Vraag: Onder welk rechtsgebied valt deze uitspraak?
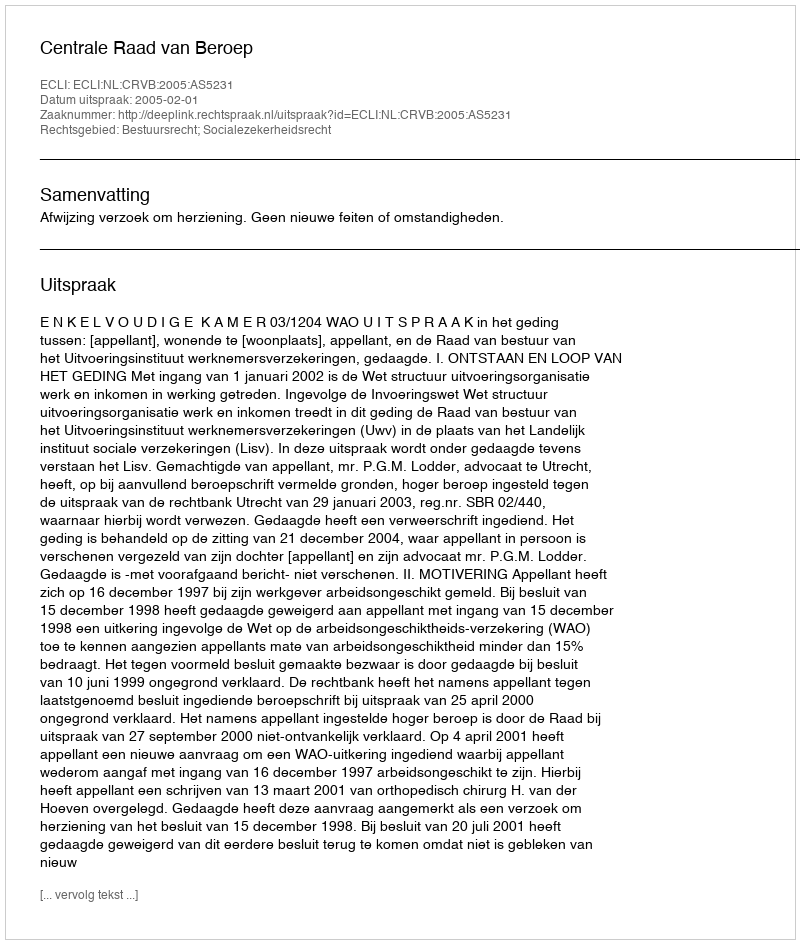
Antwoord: Bestuursrecht; Socialezekerheidsrecht